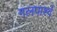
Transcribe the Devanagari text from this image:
गलपार्श्व